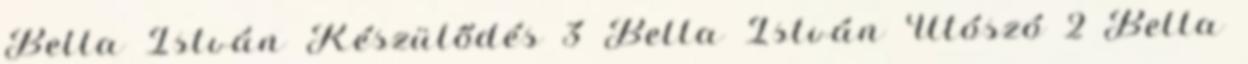
Bella István Készülődés 3 Bella István Utószó 2 Bella